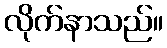
လိုက်နာသည်။